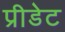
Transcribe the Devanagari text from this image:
प्रीडेट